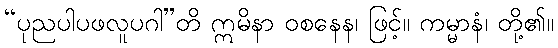
“ပုညပါပဖလူပဂါ”တိ ဣမိနာ ဝစနေန၊ ဖြင့်။ ကမ္မာနံ၊ တို့၏။